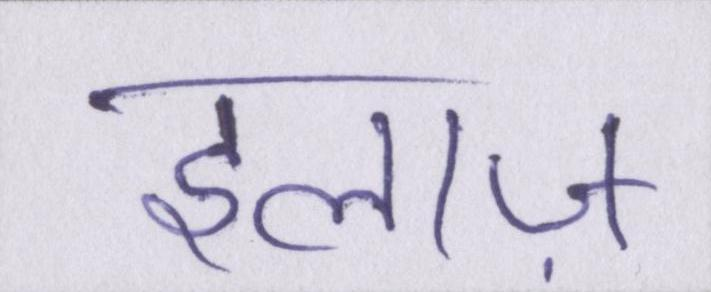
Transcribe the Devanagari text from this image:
इलाज़